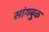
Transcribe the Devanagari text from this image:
सांगबुक